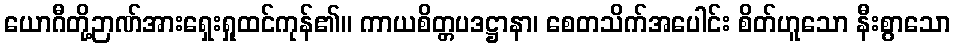
ယောဂီတို့ဉာဏ်အားရှေးရှုထင်ကုန်၏။ ကာယစိတ္တပဒဋ္ဌာနာ၊ စေတသိက်အပေါင်း စိတ်ဟူသော နီးစွာသော